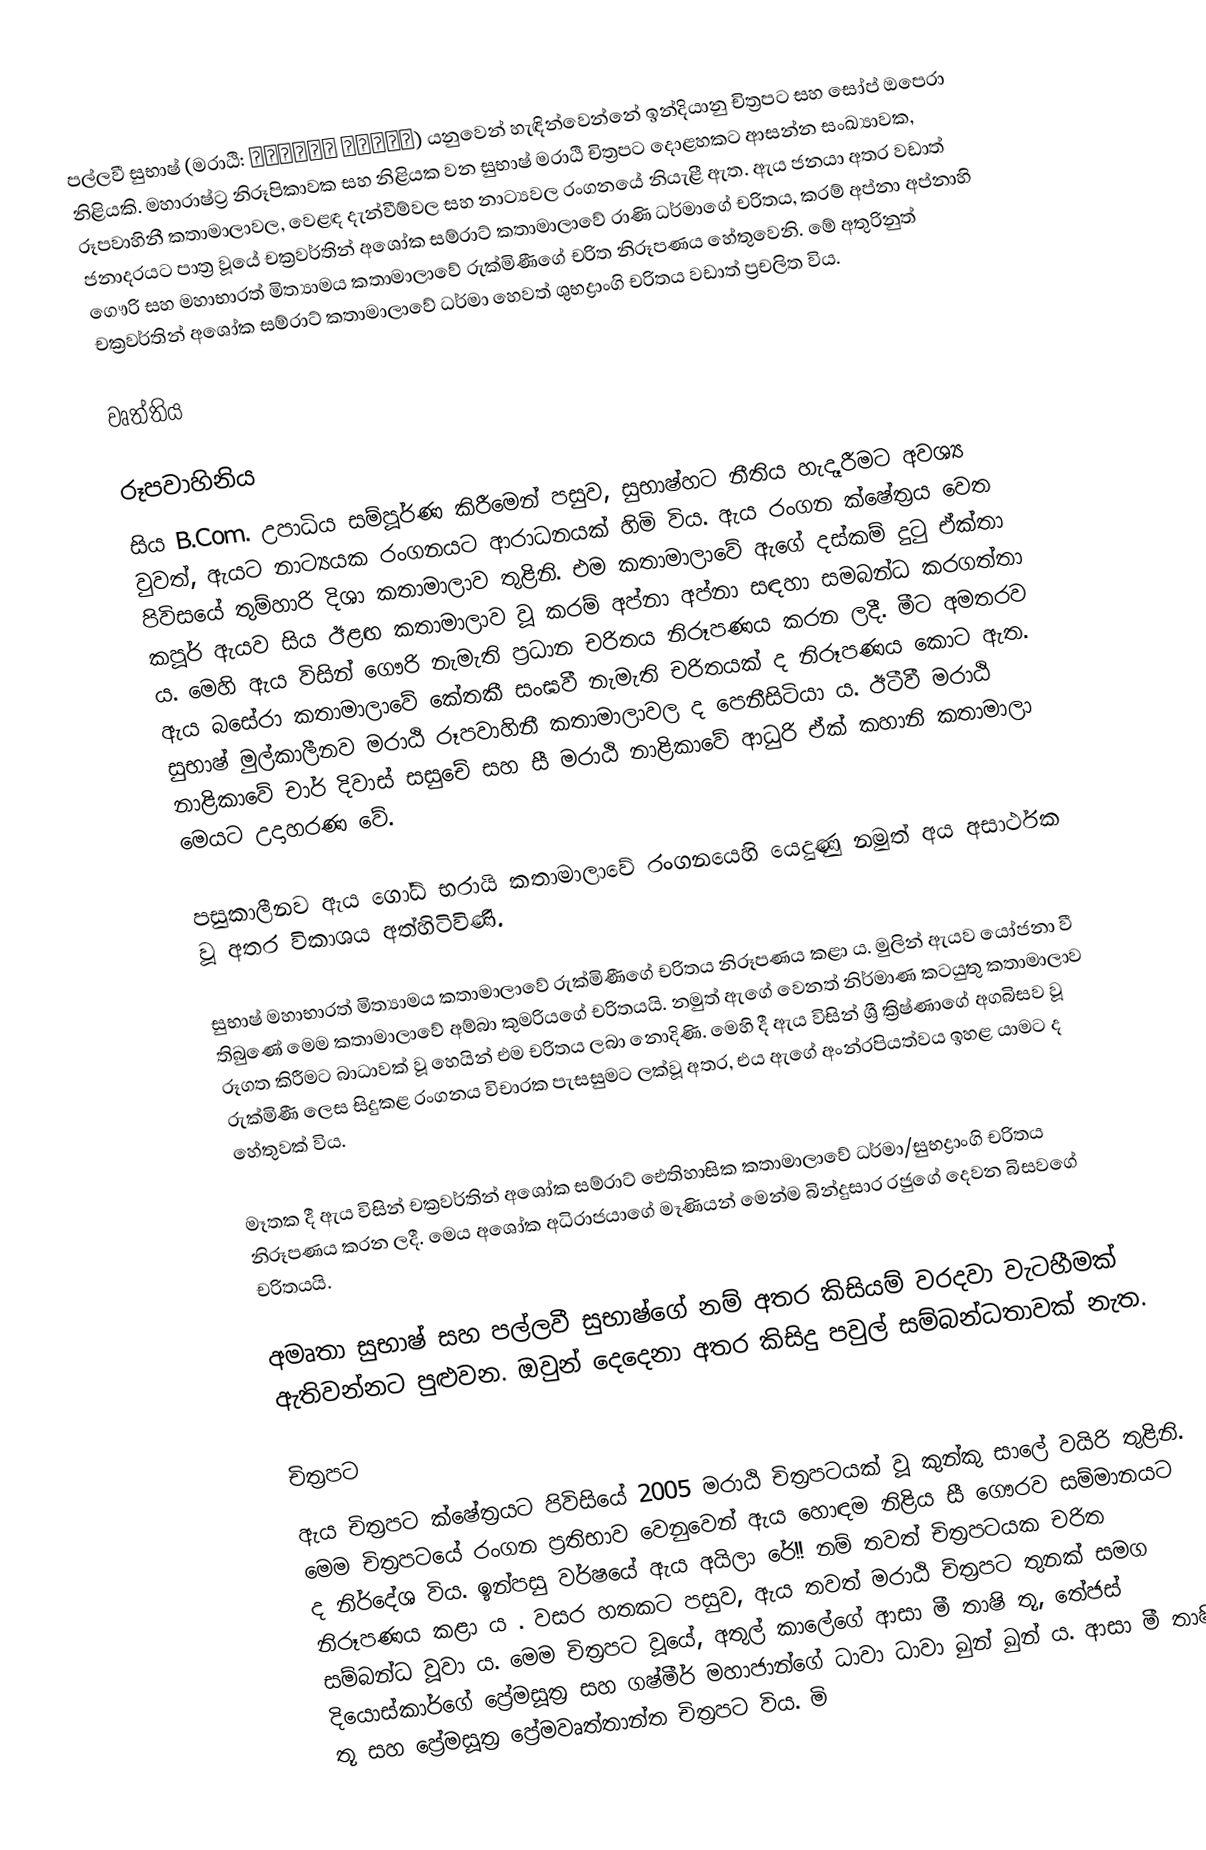
පල්ලවී සුභාෂ් (මරාඨි: पल्लवी सुभाष) යනුවෙන් හැඳින්වෙන්නේ ඉන්දියානු චිත්‍රපට සහ සෝප් ඔපෙරා නිළියකි. මහාරාෂ්ට්‍ර නිරූපිකාවක සහ නිළියක වන සුභාෂ් මරාඨි චිත්‍රපට දොළහකට ආසන්න සංඛ්‍යාවක, රූපවාහිනී කතාමාලාවල, වෙළඳ දැන්වීම්වල සහ නාට්‍යවල රංගනයේ නියැළී ඇත. ඇය ජනයා අතර වඩාත් ජනාදරයට පාත්‍ර වූයේ චක්‍රවර්තින් අශෝක සම්රාට් කතාමාලාවේ රාණි ධර්මාගේ චරිතය, කරම් අප්නා අප්නාහි ගෞරි සහ මහාභාරත් මිත්‍යාමය කතාමාලාවේ රුක්මිණීගේ චරිත නිරූපණය හේතුවෙනි. මේ අතුරිනුත් චක්‍රවර්තින් අශෝක සම්රාට් කතාමාලාවේ ධර්මා හෙවත් ශුභද්‍රාංගි චරිතය වඩාත් ප්‍රචලිත විය.

වෘත්තිය

රූපවාහිනිය
සිය B.Com. උපාධිය සම්පූර්ණ කිරීමෙන් පසුව, සුභාෂ්හට නීතිය හැදෑරීමට අවශ්‍ය වුවත්, ඇයට නාට්‍යයක රංගනයට ආරාධනයක් හිමි විය. ඇය රංගන ක්ෂේත්‍රය වෙත පිවිසයේ තුම්හාරි දිශා කතාමාලාව තුළිනි. එම කතාමාලාවේ ඇගේ දස්කම් දුටු ඒක්තා කපූර් ඇයව සිය ඊළඟ කතාමාලාව වූ කරම් අප්නා අප්නා සඳහා සමබන්ධ කරගත්තා ය. මෙහි ඇය විසින් ගෞරි නැමැති ප්‍රධාන චරිතය නිරූපණය කරන ලදී. මීට අමතරව ඇය බසේරා කතාමාලාවේ කේතකී සංඝවී නැමැති චරිතයක් ද නිරූපණය කොට ඇත. සුභාෂ් මුල්කාලීනව මරාඨි රූපවාහිනී කතාමාලාවල ද පෙනීසිටියා ය. ඊටීවී මරාඨි නාළිකාවේ චාර් දිවාස් සසුචේ සහ සී මරාඨි නාළිකාවේ ආධුරි ඒක් කහානි කතාමාලා මෙයට උදාහරණ වේ.

පසුකාලීනව ඇය ගෝධ් භරායි කතාමාලාවේ රංගනයෙහි යෙදුණු නමුත් අය අසාර්ථක වූ අතර විකාශය අත්හිටිවිණි.

සුභාෂ් මහාභාරත් මිත්‍යාමය කතාමාලාවේ රුක්මිණීගේ චරිතය නිරූපණය කළා ය. මුලින් ඇයව යෝජනා වී තිබුණේ මෙම කතාමාලාවේ අම්බා කුමරියගේ චරිතයයි. නමුත් ඇගේ වෙනත් නිර්මාණ කටයුතු කතාමාලාව රූගත කිරීමට බාධාවක් වූ හෙයින් එම චරිතය ලබා නොදිණි. මෙහි දී ඇය විසින් ශ්‍රී ක්‍රිෂ්ණාගේ අගබිසව වූ රුක්මිණී ලෙස සිදුකළ රංගනය විචාරක පැසසුමට ලක්වූ අතර, එය ඇගේ අංන්‍රපියත්වය ඉහළ යාමට ද හේතුවක් විය.

මෑතක දී ඇය විසින් චක්‍රවර්තින් අශෝක සම්රාට් ඓතිහාසික කතාමාලාවේ ධර්මා/සුභද්‍රාංගි චරිතය නිරූපණය කරන ලදී. මෙය අශෝක අධිරාජයාගේ මෑණියන් මෙන්ම බින්දුසාර රජුගේ දෙවන බිසවගේ චරිතයයි.

අමෘතා සුභාෂ් සහ පල්ලවී සුභාෂ්ගේ නම් අතර කිසියම් වරදවා වැටහීමක් ඇතිවන්නට පුළුවන. ඔවුන් දෙදෙනා අතර කිසිදු පවුල් සම්බන්ධතාවක් නැත‍.

චිත්‍රපට
ඇය චිත්‍රපට ක්ෂේත්‍ර‍යට පිවිසියේ 2005 මරාඨි චිත්‍රපටයක් වූ කුන්කු සාලේ වයිරි තුළිනි. මෙම චිත්‍රපටයේ රංගන ප්‍රතිභාව වෙනුවෙන් ඇය හොඳම නිළිය සී ගෞරව සම්මානයට ද නිර්දේශ විය. ඉන්පසු වර්ෂයේ ඇය අයිලා රේ!! නම් තවත් චිත්‍රපටයක චරිත නිරූපණය කළා ය . වසර හතකට පසුව, ඇය තවත් මරාඨි චිත්‍රපට තුනක් සමග සම්බන්ධ වූවා ය. මෙම චිත්‍රපට වූයේ, අතුල් කාලේගේ ආසා මී තාෂි තූ, තේජස් දියොස්කාර්ගේ ප්‍රේමසූත්‍ර සහ ගෂ්මීර් මහාජාන්ගේ ධාවා ධාවා ඛුන් ඛුන් ය. ආසා මී තාෂි තූ සහ ප්‍රේමසූත්‍ර ප්‍රේමවෘත්තාන්ත චිත්‍රපට විය. මි